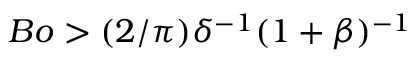
B o > ( 2 / \pi ) \delta ^ { - 1 } ( 1 + \beta ) ^ { - 1 }